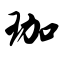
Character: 珈